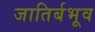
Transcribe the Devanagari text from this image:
जातिर्बभूव